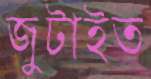
জুটাইত